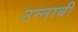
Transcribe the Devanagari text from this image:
उन्नाबी